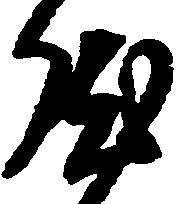
然